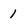
Character: 1